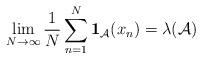
LaTeX: \begin{align*} \lim_{N\to\infty}\frac{1}{N}\sum_{n=1}^N\mathbf{1}_{\mathcal{A}}(x_n)=\lambda(\mathcal{A})\end{align*}